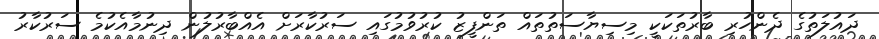
ދައުލަތުގެ ދެންހުރި ބާރުތަކަކީ މިސިޔާސަތުތައް ތަންފީޒު ކުރުވުމުގައި ސަރުކާރަށް އެއްބާރުލުން ދިނުމާއެކުމެ ސަރުކާރު